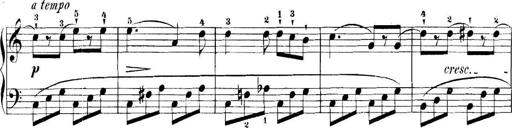
Title: 11 Sonatinas
Composer: Anton Diabelli